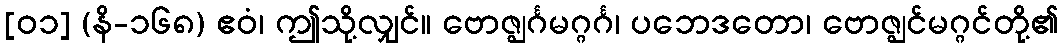
[၀၁] (နိ-၁၆၈) ဧဝံ၊ ဤသို့လျှင်။ ဗောဇ္ဈင်္ဂမဂ္ဂင်္ဂ၊ ပဘေဒတော၊ ဗောဇ္ဈင်မဂ္ဂင်တို့၏